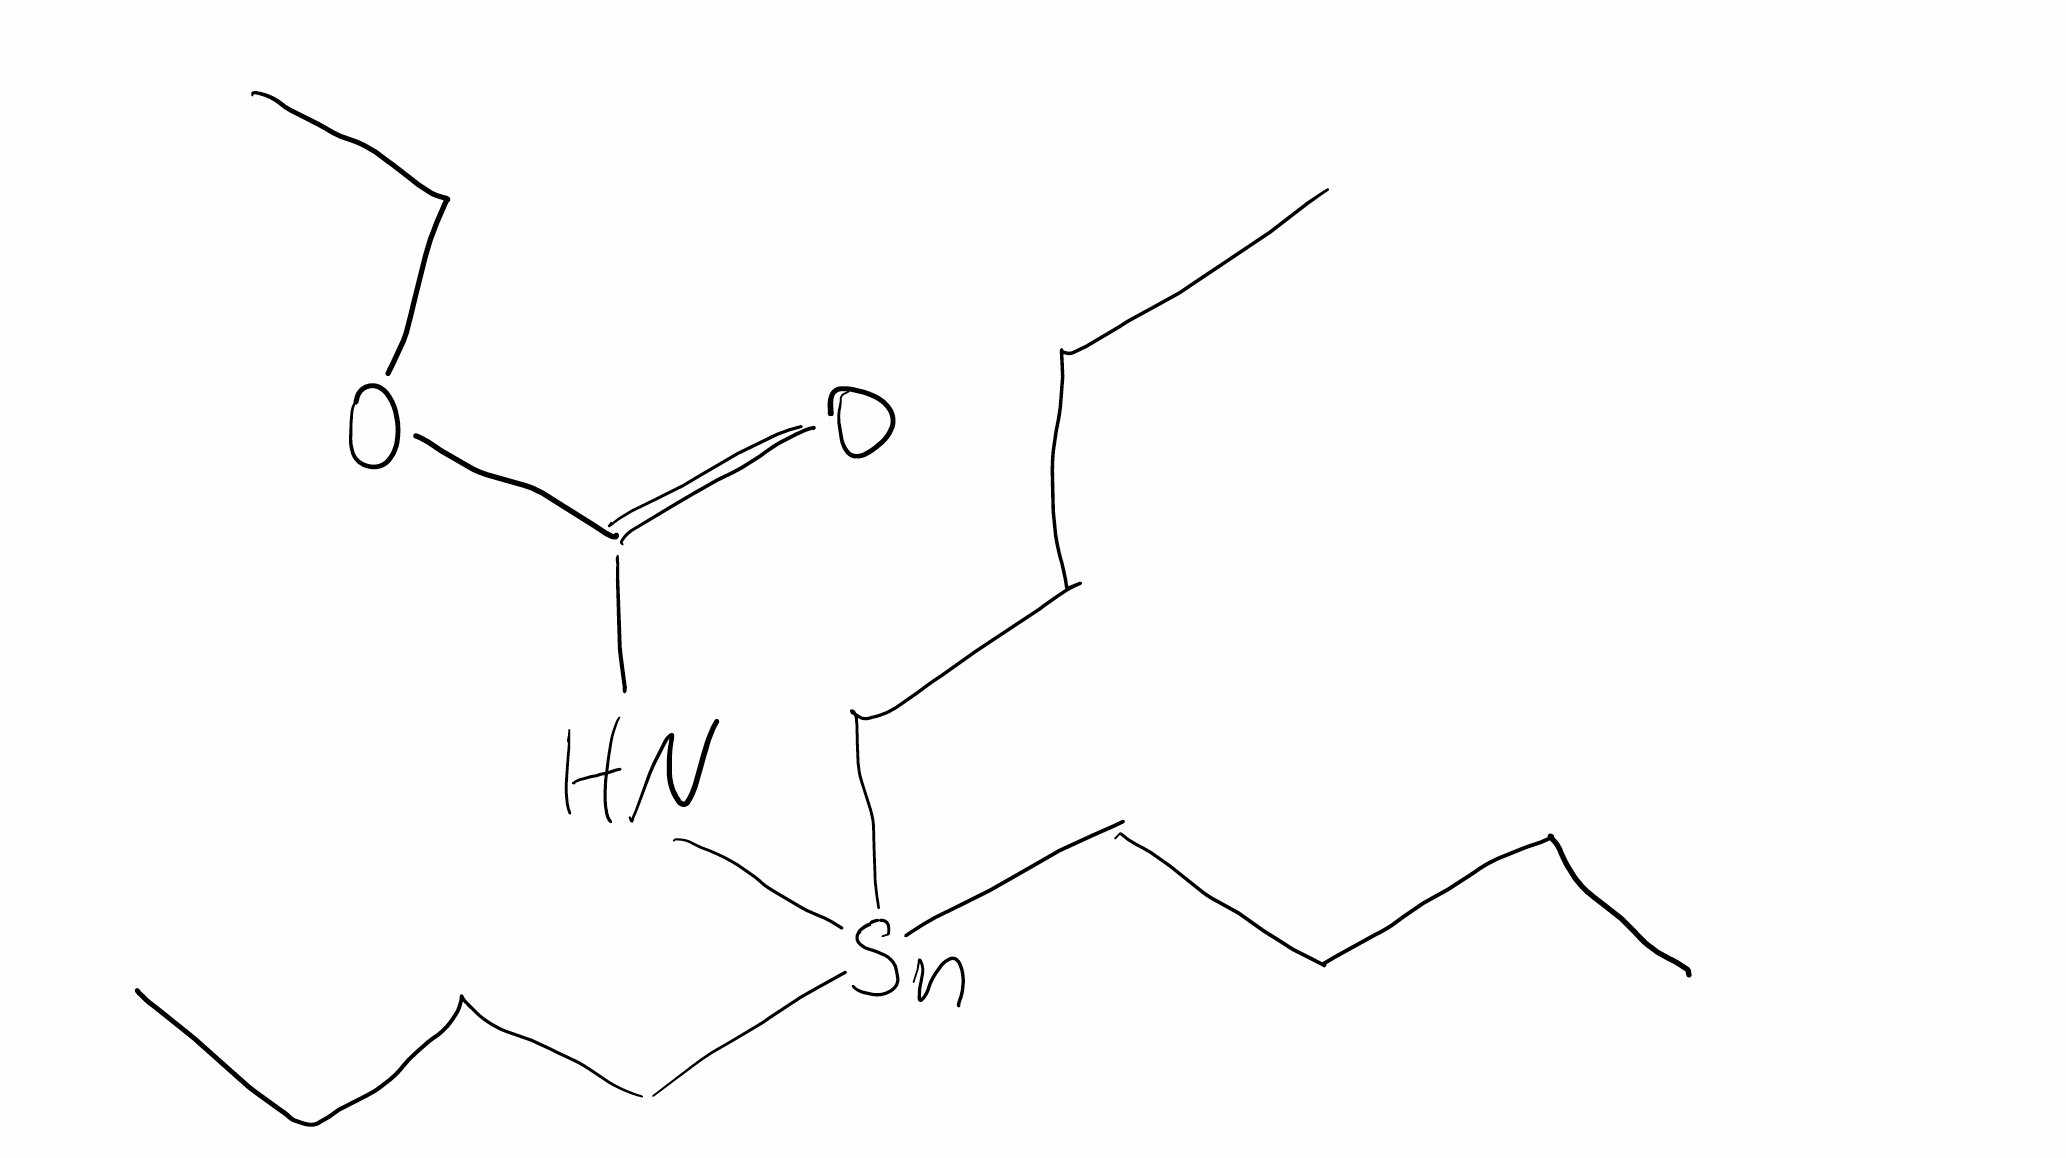
Simplified molecular-input line-entry system (SMILES) notation of the given molecule:
CCCC[Sn](CCCC)(CCCC)NC(=O)OCC